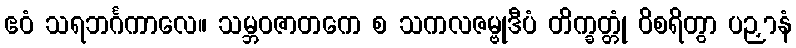
ဧဝံ သရဘင်္ဂကာလေ။ သမ္ဘဝဇာတကေ စ သကလဇမ္ဗုဒီပံ တိက္ခတ္တုံ ဝိစရိတွာ ပဉှာနံ